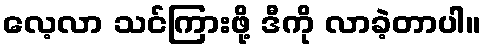
လေ့လာ သင်ကြားဖို့ ဒီကို လာခဲ့တာပါ။